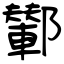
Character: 鄻